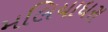
મલિયાધરા